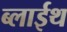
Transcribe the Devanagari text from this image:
ब्लाईथ